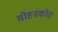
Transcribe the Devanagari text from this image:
मोहनकोट